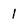
Character: 1